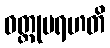
ဝတ္တုမရဟတိ